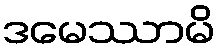
ဒမေဿာမိ